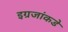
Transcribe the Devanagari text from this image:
इग्रजांकडे